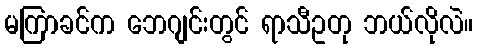
မကြာခင်က ဘေဂျင်းတွင် ရာသီဥတု ဘယ်လိုလဲ။